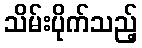
သိမ်းပိုက်သည့်